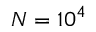
N = 1 0 ^ { 4 }